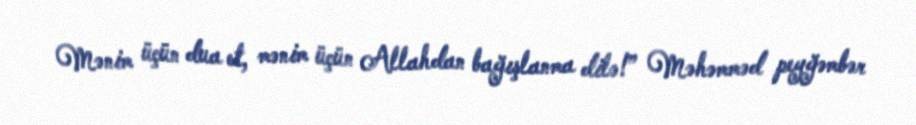
Mənim üçün dua et, mənim üçün Allahdan bağışlanma dilə!” Məhəmməd peyğəmbər